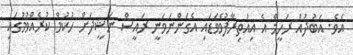
އެވެ. އަބުދުއް ރަހީމް އެ އިއުތިރާފުވެވަޑައި އެގަންނަވަނީ ރައީސް ނަޝީދަށް ހުކުމް ކުރެއްވުމުގައި